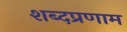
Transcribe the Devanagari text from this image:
शब्दप्रणाम